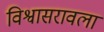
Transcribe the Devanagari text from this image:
विश्वासरावला